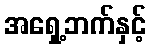
အရှေ့ဘက်နှင့်